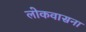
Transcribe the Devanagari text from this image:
लोकवासना